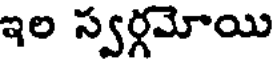
ఇల స్వర్గమోయి